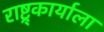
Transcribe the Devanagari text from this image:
राष्ट्र्कार्याला